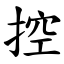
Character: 控